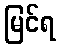
မြင်ရ